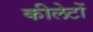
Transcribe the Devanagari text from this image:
कीलेटों